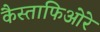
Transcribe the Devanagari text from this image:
कैस्ताफिओरे